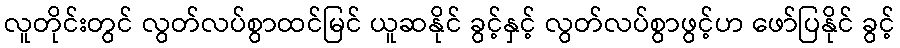
လူတိုင်းတွင် လွတ်လပ်စွာထင်မြင် ယူဆနိုင် ခွင့်နှင့် လွတ်လပ်စွာဖွင့်ဟ ဖော်ပြနိုင် ခွင့်